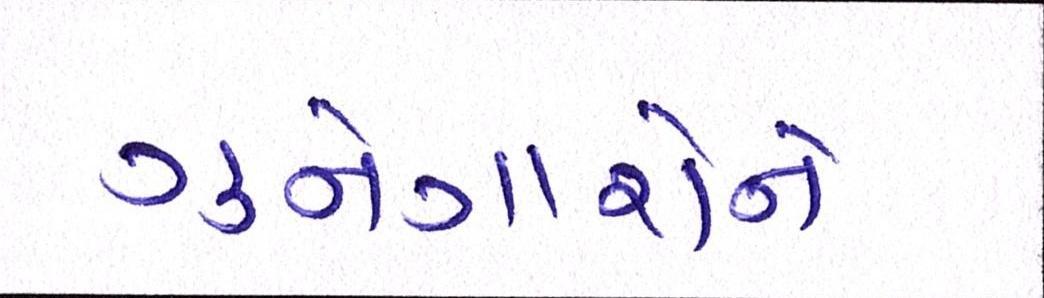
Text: ગુનેગારોને